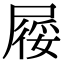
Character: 𡲾